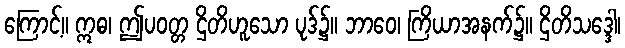
ကြောင့်။ ဣဓ၊ ဤပဝတ္တ ဌိတိဟူသော ပုဒ်၌။ ဘာဝေ၊ ကြိယာအနက်၌။ ဌိတိသဒ္ဒေါ၊